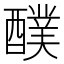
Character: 醭